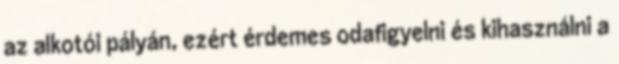
az alkotói pályán, ezért érdemes odafigyelni és kihasználni a